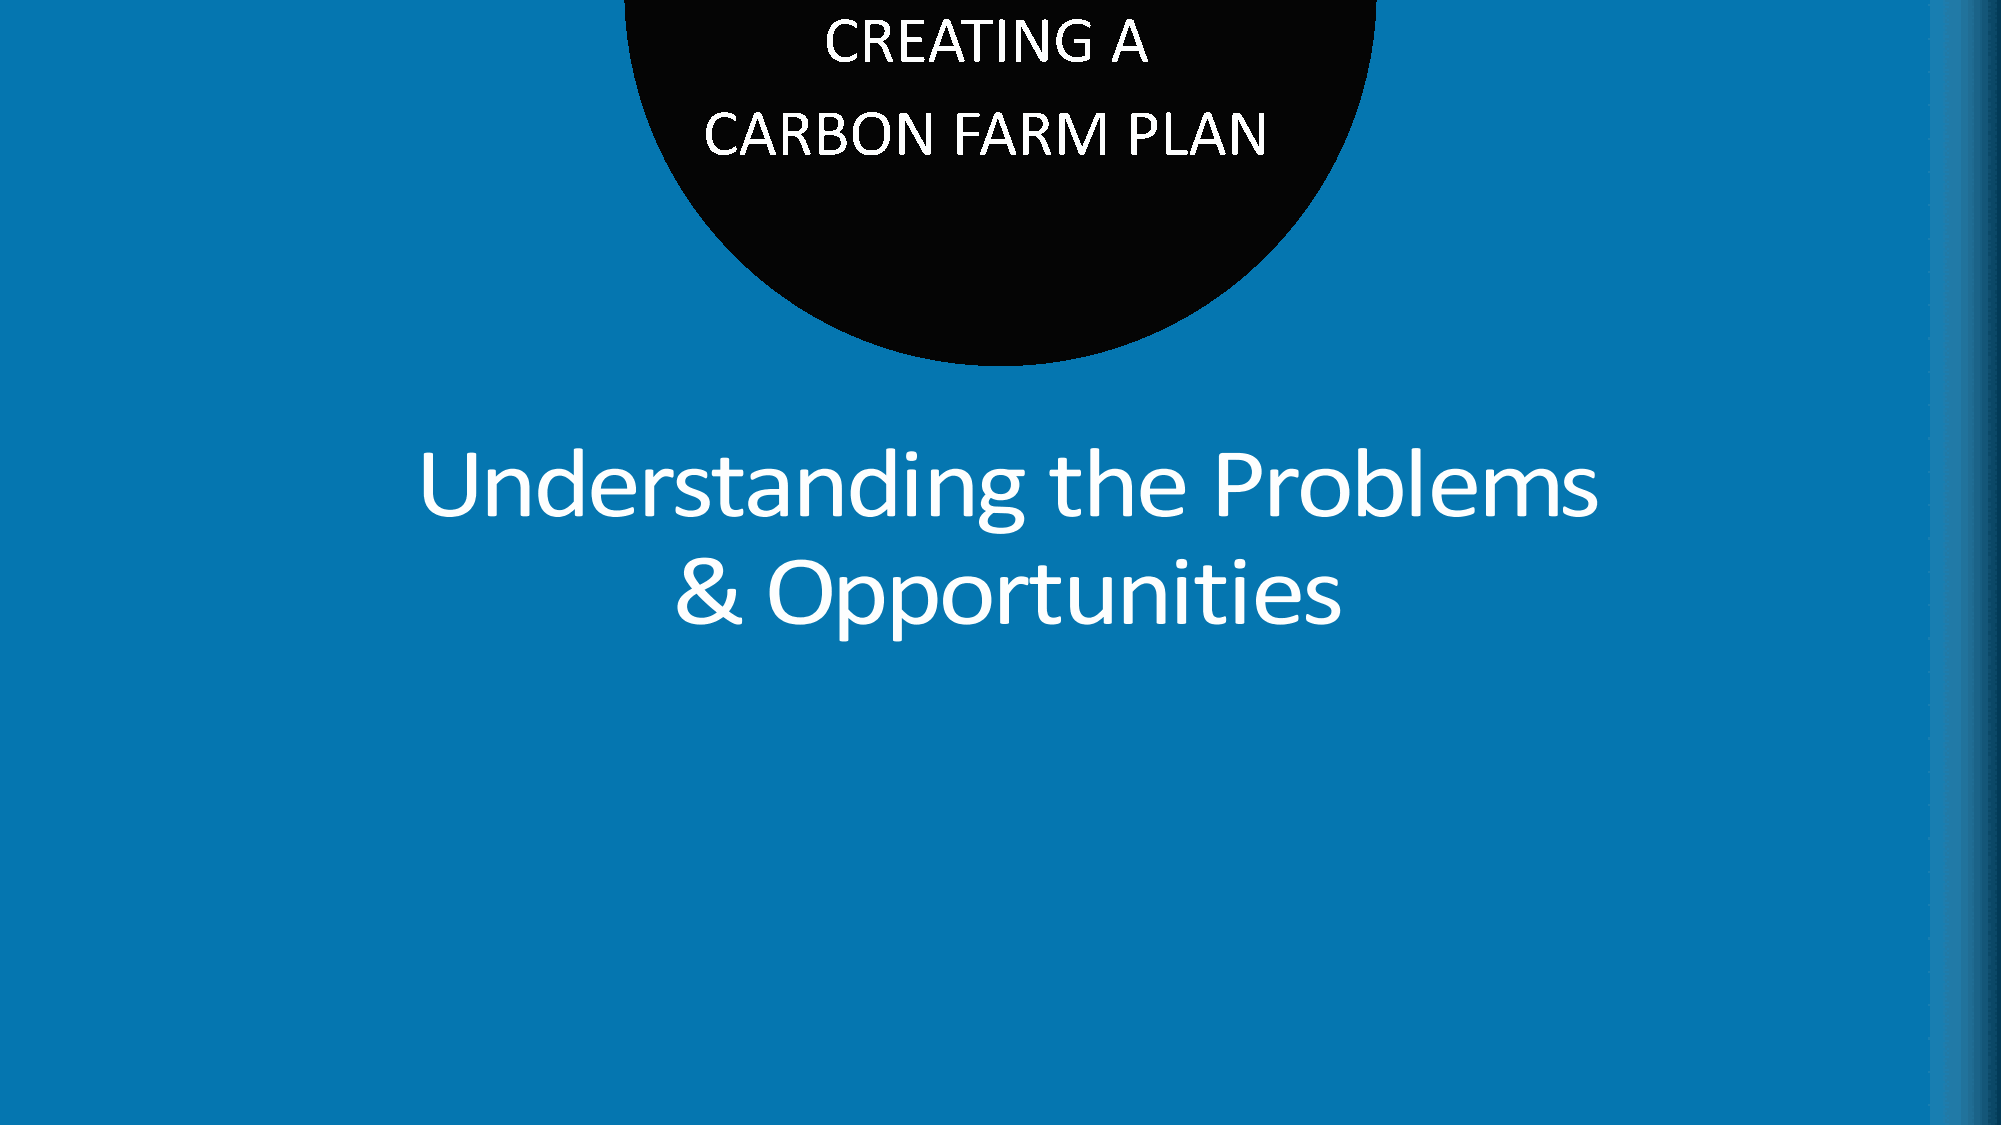
CREATING           A
 CARBON          FARM       PLAN